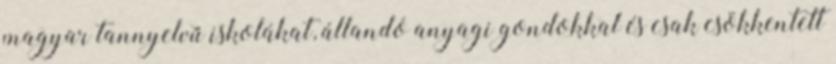
magyar tannyelvű iskolákat, állandó anyagi gondokkal és csak csökkentett